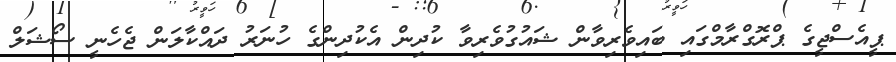
ޕީއެސްޖީގެ ޕްރޮގްރާމްގައި ބައިވެރިވާން ޝައުގުވެރިވާ ކުދިން އެކުދިންގެ ހުނަރު ދައްކާލަން ޖެހެނީ ސޯޝަލް